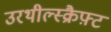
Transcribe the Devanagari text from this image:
उरथील्स्क्रैफ़्ट